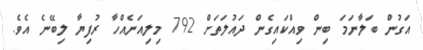
އަގުން ބަލާނަމަ ބިން ވިއްކައިގެން ދައުލަތަށް 792 މިލިއަނެއްހާ ރުފިޔާ ލިބޭނެ އެވެ.